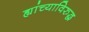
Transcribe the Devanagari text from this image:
ह्यांच्याविरुद्ध